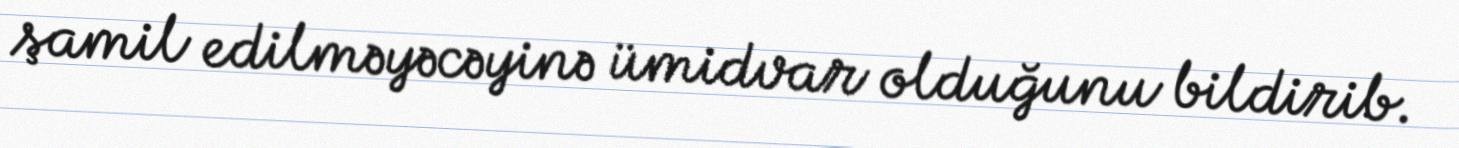
şamil edilməyəcəyinə ümidvar olduğunu bildirib.